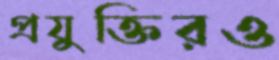
প্রযুক্তিরও